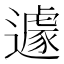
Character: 遽